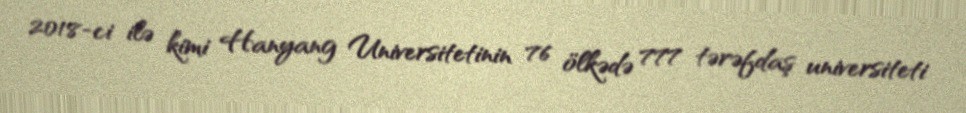
2018-ci ilə kimi Hanyang Universitetinin 76 ölkədə 777 tərəfdaş universiteti